Leaving Certificate Examination (including Day School Certificate (Higher) General paper), 1938
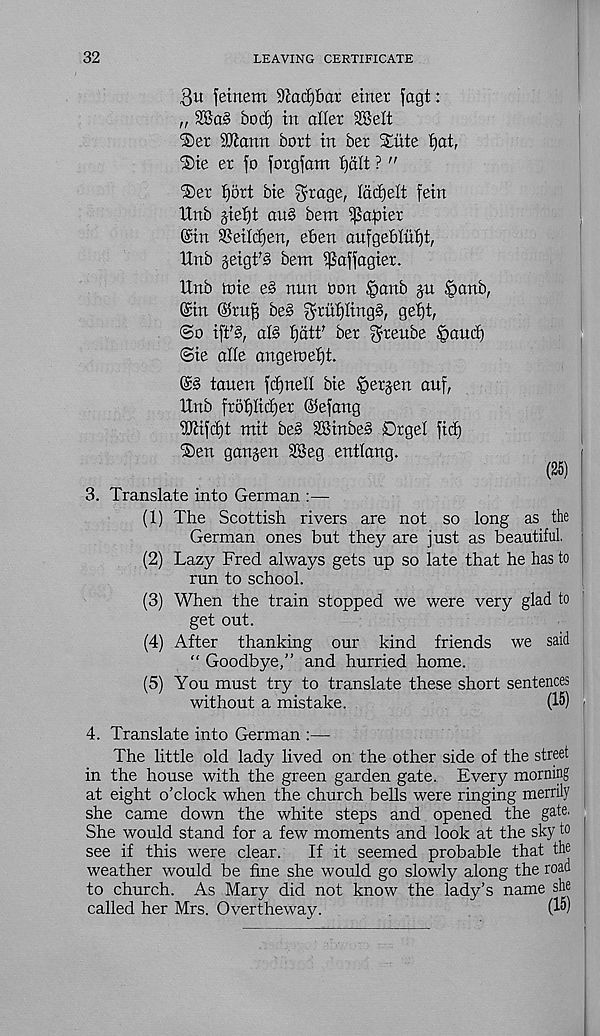
32
LEAVING CERTIFICATE
3u fetnem 9ictcf)bat einer fagt:
„
bod) in aller 35SeIt
'Ser Sftamt bort in ber Stiite f)at,
‘Sie er fo forgfam ijctlt ? ”
®er tjfirt bie gnage, Iddjelt fein
Unb gieiji ou§ bem papier
@in S?eilcf)en, eben oufgeblii'fjt,
Unb jeigt’S bent ipaffagier.
Unb tnie e§ nun bon §anb ju §anb,
©in @rug be§ ^rit^IingS, gef)t,
©o ift% al§ Ijatf ber ^reube §aucb
©ie alle angetoefjt.
©§ tauen fdjnell bie §erjen auf,
Unb froI)Iicf)er ©efang
ibiildlt mit be§ SSinbeS Dr gel fid)
SDen ganjen 3®eg entlang.
(25)
3. Translate into German :—
(1) The Scottish rivers are not so long as the
German ones but they are just as beautiful.
(2) Lazy Fred always gets up so late that he has to !
run to school.
(3) When the train stopped we were very glad to
get out.
(4) After thanking our kind friends we said
“ Goodbye,” and hurried home.
(5) You must try to translate these short sentences
without a mistake.
(15) -
4. Translate into German :—-
The little old lady lived on the other side of the street
in the house with the green garden gate. Every morning
at eight o’clock when the church bells were ringing merrily
she came down the white steps and opened the gate.
She would stand for a few moments and look at the sky to
see if this were clear.
If it seemed probable that the
weather would be fine she would go slowly along the road
to church. As Mary did not know the lady’s name she
called her Mrs. Overtheway.
(15)